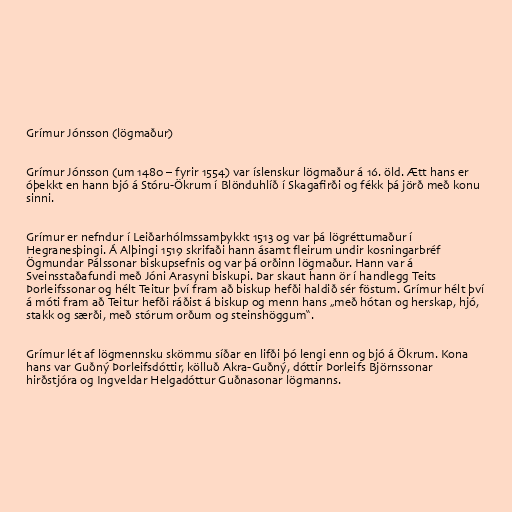
Grímur Jónsson (lögmaður)

Grímur Jónsson (um 1480 – fyrir 1554) var íslenskur lögmaður á 16. öld. Ætt hans er
óþekkt en hann bjó á Stóru-Ökrum í Blönduhlíð í Skagafirði og fékk þá jörð með konu
sinni.

Grímur er nefndur í Leiðarhólmssamþykkt 1513 og var þá lögréttumaður í
Hegranesþingi. Á Alþingi 1519 skrifaði hann ásamt fleirum undir kosningarbréf
Ögmundar Pálssonar biskupsefnis og var þá orðinn lögmaður. Hann var á
Sveinsstaðafundi með Jóni Arasyni biskupi. Þar skaut hann ör í handlegg Teits
Þorleifssonar og hélt Teitur því fram að biskup hefði haldið sér föstum. Grímur hélt því
á móti fram að Teitur hefði ráðist á biskup og menn hans „með hótan og herskap, hjó,
stakk og særði, með stórum orðum og steinshöggum“.

Grímur lét af lögmennsku skömmu síðar en lifði þó lengi enn og bjó á Ökrum. Kona
hans var Guðný Þorleifsdóttir, kölluð Akra-Guðný, dóttir Þorleifs Björnssonar
hirðstjóra og Ingveldar Helgadóttur Guðnasonar lögmanns.